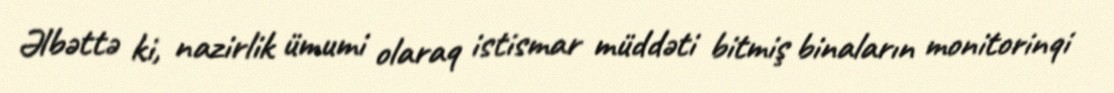
Əlbəttə ki, nazirlik ümumi olaraq istismar müddəti bitmiş binaların monitorinqi